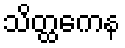
သိတ္ထကေန